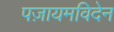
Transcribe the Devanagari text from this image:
पज़ायमविदेन